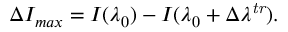
\Delta I _ { m a x } = I ( \lambda _ { 0 } ) - I ( \lambda _ { 0 } + \Delta \lambda ^ { \mathit { t r } } ) .